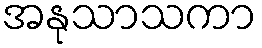
အနုသာသကာ